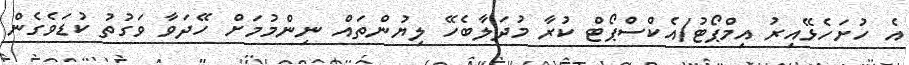
އެ ހުށަހެޅޭއިރު އިމްޕޯޓު/އެކްސްޕޯޓް ކުރާ މުދަލާބެހޭ ލިޔުންތައް ނިންމުމަށް ހޭދަވާ ވަގުތު ކުޑަވެގެން